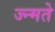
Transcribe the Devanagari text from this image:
ज्न्मते